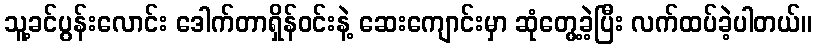
သူ့ခင်ပွန်းလောင်း ဒေါက်တာရှိန်ဝင်းနဲ့ ဆေးကျောင်းမှာ ဆုံတွေ့ခဲ့ပြီး လက်ထပ်ခဲ့ပါတယ်။